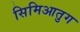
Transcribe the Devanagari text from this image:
सिमिआतुग